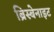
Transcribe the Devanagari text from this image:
ब्रिस्बेनाइट